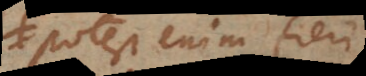
potest enim fieri